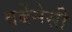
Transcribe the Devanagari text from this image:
वर्बेनेसी